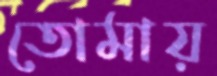
তোমায়